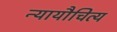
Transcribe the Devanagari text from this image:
न्यायौचित्य